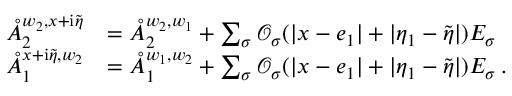
\begin{array} { r l } { \mathring { A } _ { 2 } ^ { w _ { 2 } , x + \mathrm { i } \tilde { \eta } } } & { = \mathring { A } _ { 2 } ^ { w _ { 2 } , w _ { 1 } } + \sum _ { \sigma } \mathcal { O } _ { \sigma } ( | x - e _ { 1 } | + | \eta _ { 1 } - \tilde { \eta } | ) E _ { \sigma } } \\ { \mathring { A } _ { 1 } ^ { x + \mathrm { i } \tilde { \eta } , w _ { 2 } } } & { = \mathring { A } _ { 1 } ^ { w _ { 1 } , w _ { 2 } } + \sum _ { \sigma } \mathcal { O } _ { \sigma } ( | x - e _ { 1 } | + | \eta _ { 1 } - \tilde { \eta } | ) E _ { \sigma } \, . } \end{array}